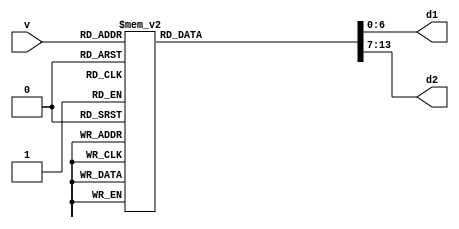

module lab3_p2_v2 (v, d1, d2);
    input [3:0] v; 
	output reg[6:0] d1, d2; 
	
	always @(v) begin
		case (v)
		4'b0000 : begin d1 = 7'b1000000; d2 = 7'b1000000; end
		4'b0001 : begin d1 = 7'b1000000; d2 = 7'b1111001; end
		4'b0010 : begin d1 = 7'b1000000; d2 = 7'b0100100; end
		4'b0011 : begin d1 = 7'b1000000; d2 = 7'b0110000; end
		4'b0100 : begin d1 = 7'b1000000; d2 = 7'b0011001; end
		4'b0101 : begin d1 = 7'b1000000; d2 = 7'b0010010; end
		4'b0110 : begin d1 = 7'b1000000; d2 = 7'b0000010; end
		4'b0111 : begin d1 = 7'b1000000; d2 = 7'b1111000; end
		4'b1000 : begin d1 = 7'b1000000; d2 = 7'b0000000; end
		4'b1001 : begin d1 = 7'b1000000; d2 = 7'b0010000; end
		4'b1010 : begin d1 = 7'b1111001; d2 = 7'b1000000; end
		4'b1011 : begin d1 = 7'b1111001; d2 = 7'b1111001; end
		4'b1100 : begin d1 = 7'b1111001; d2 = 7'b0100100; end
		4'b1101 : begin d1 = 7'b1111001; d2 = 7'b0110000; end
		4'b1110 : begin d1 = 7'b1111001; d2 = 7'b0011001; end
		4'b1111 : begin d1 = 7'b1111001; d2 = 7'b0010010; end
		
		
		
		default : begin d1 = 7'b0000000; d2 = 7'b0000000; end
	endcase
	end
	
endmodule